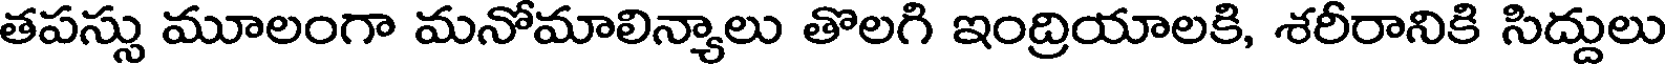
తపస్సు మూలంగా మనోమాలిన్యాలు తొలగి ఇంద్రియాలకి, శరీరానికి సిద్దులు